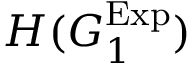
H ( G _ { 1 } ^ { \mathrm { E x p } } )